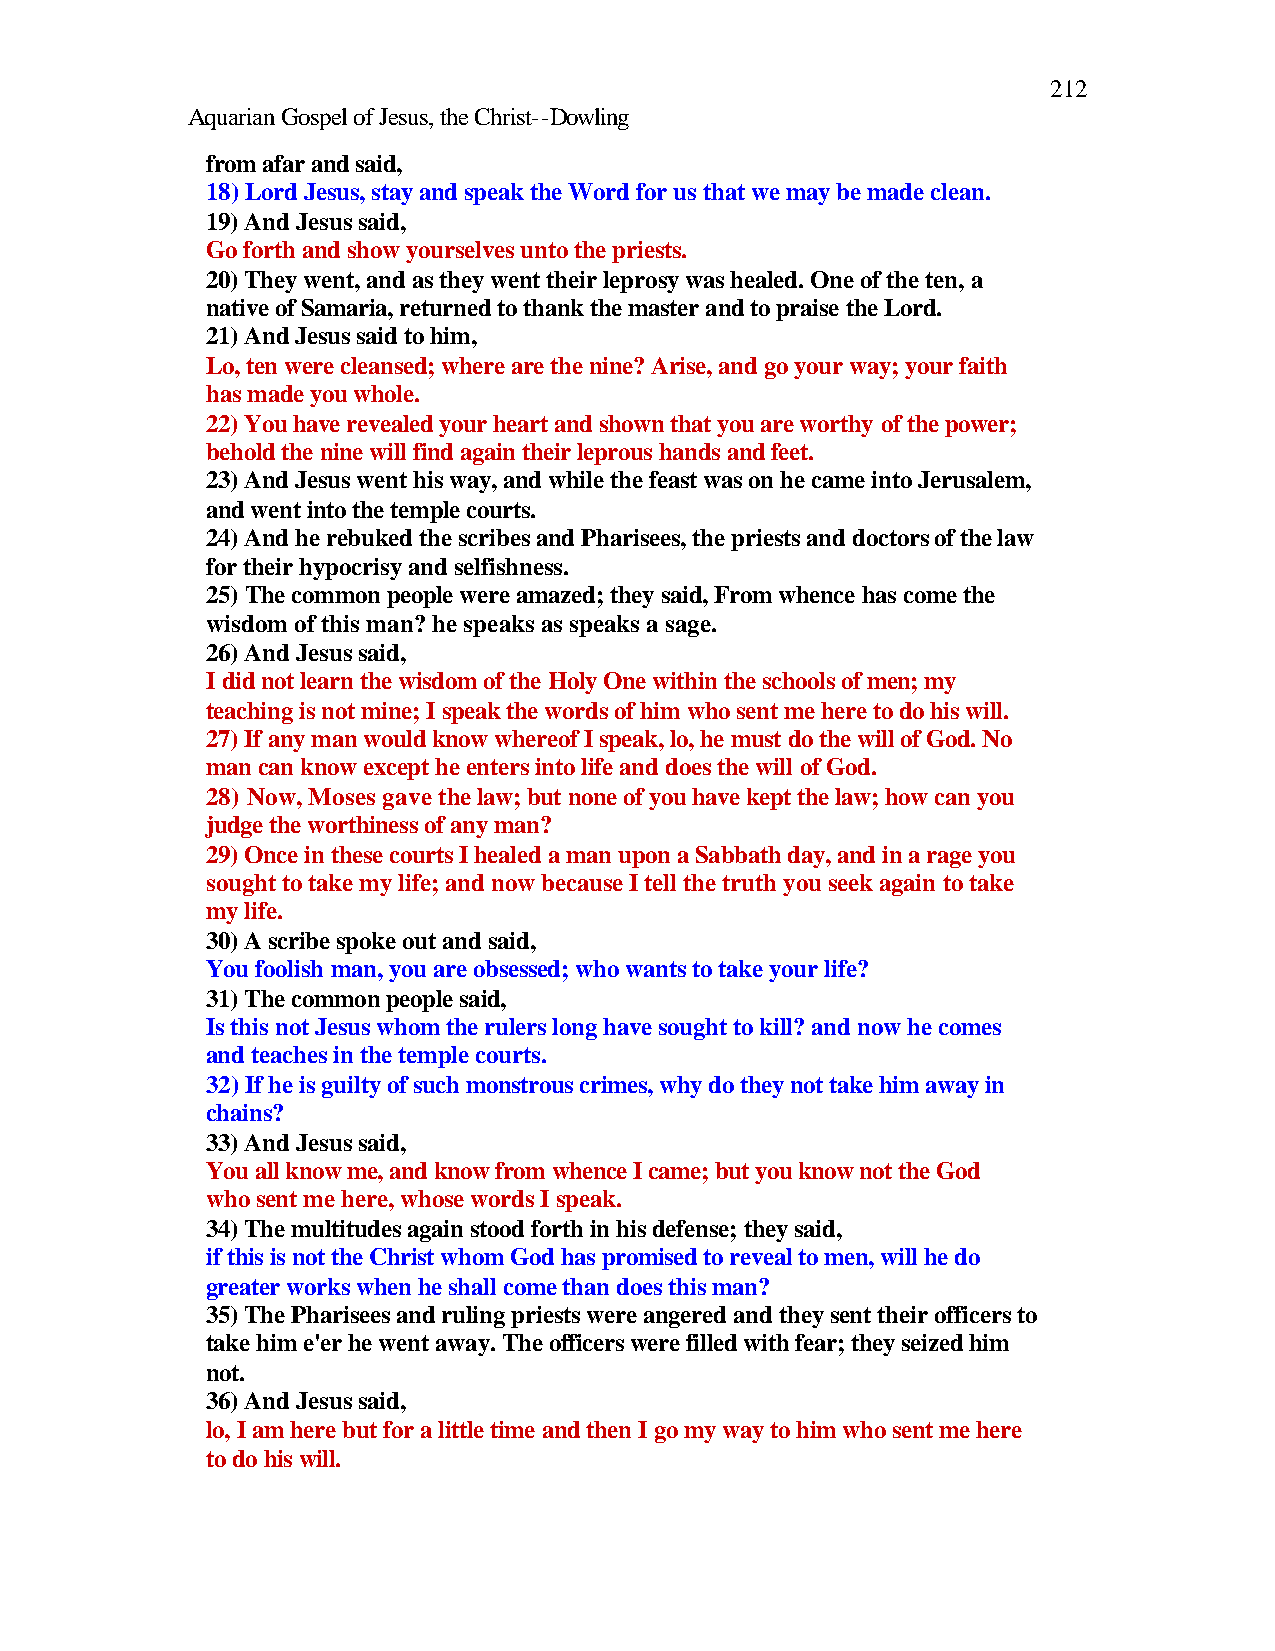
212
 Aquarian Gospel of Jesus, the Christ--Dowling
 from afar and said,
 18) Lord Jesus, stay and speak the Word for us that we may be made clean.
 19) And Jesus said,
 Go forth and show yourselves unto the priests.
 20) They went, and as they went their leprosy was healed. One of the ten, a
 native of Samaria, returned to thank the master and to praise the Lord.
 21) And Jesus said to him,
 Lo, ten were cleansed; where are the nine? Arise, and go your way; your faith
 has made you whole.
 22) You have revealed your heart and shown that you are worthy of the power;
 behold the nine will find again their leprous hands and feet.
 23) And Jesus went his way, and while the feast was on he came into Jerusalem,
 and went into the temple courts.
 24) And he rebuked the scribes and Pharisees, the priests and doctors of the law
 for their hypocrisy and selfishness.
 25) The common people were amazed; they said, From whence has come the
 wisdom of this man? he speaks as speaks a sage.
 26) And Jesus said,
 I did not learn the wisdom of the Holy One within the schools of men; my
 teaching is not mine; I speak the words of him who sent me here to do his will.
 27) If any man would know whereof I speak, lo, he must do the will of God. No
 man can know except he enters into life and does the will of God.
 28) Now, Moses gave the law; but none of you have kept the law; how can you
 judge the worthiness of any man?
 29) Once in these courts I healed a man upon a Sabbath day, and in a rage you
 sought to take my life; and now because I tell the truth you seek again to take
 my life.
 30) A scribe spoke out and said,
 You foolish man, you are obsessed; who wants to take your life?
 31) The common people said,
 Is this not Jesus whom the rulers long have sought to kill? and now he comes
 and teaches in the temple courts.
 32) If he is guilty of such monstrous crimes, why do they not take him away in
 chains?
 33) And Jesus said,
 You all know me, and know from whence I came; but you know not the God
 who sent me here, whose words I speak.
 34) The multitudes again stood forth in his defense; they said,
 if this is not the Christ whom God has promised to reveal to men, will he do
 greater works when he shall come than does this man?
 35) The Pharisees and ruling priests were angered and they sent their officers to
 take him e'er he went away. The officers were filled with fear; they seized him
 not.
 36) And Jesus said,
 lo, I am here but for a little time and then I go my way to him who sent me here
 to do his will.